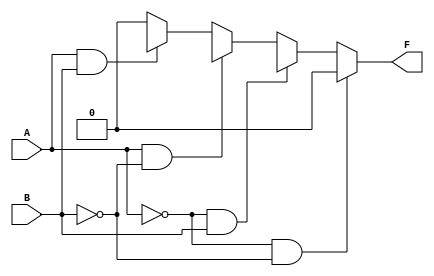
module two_variable_kmap (
    input wire A,  // First input variable
    input wire B,  // Second input variable
    output wire F  // Output variable
);

// Define the output F based on the K-map logic
assign F = (A == 0 && B == 0) ? F0 : // Cell 0
           (A == 0 && B == 1) ? F1 : // Cell 1
           (A == 1 && B == 0) ? F2 : // Cell 2
           (A == 1 && B == 1) ? F3 : // Cell 3
           1'b0; // Default case (should not occur)

endmodule